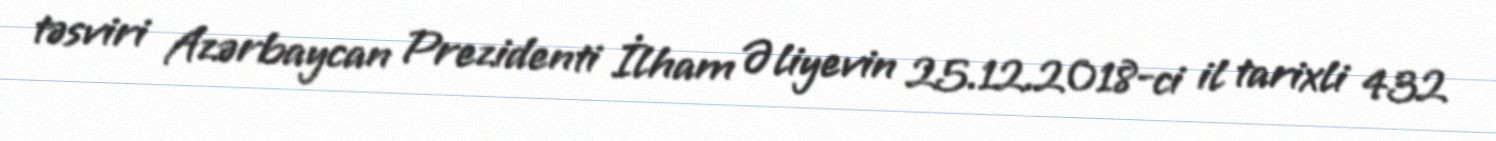
təsviri Azərbaycan Prezidenti İlham Əliyevin 25.12.2018-ci il tarixli 432